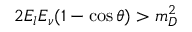
2 E _ { l } E _ { \nu } ( 1 - \cos \theta ) > m _ { D } ^ { 2 }